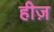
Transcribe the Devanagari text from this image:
हीज़